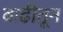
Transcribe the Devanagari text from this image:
वाढीतून